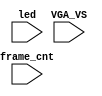
`timescale 1ns/1ps

module mist_dump(
    input           VGA_VS,
    input           led,
    input   [31:0]  frame_cnt
);

`ifdef DUMP
`ifndef NCVERILOG // iVerilog:
    initial begin
        // #(200*100*1000*1000);
        $display("DUMP enabled");
        $dumpfile("test.lxt");
    end
    `ifdef LOADROM
    always @(negedge led) if( $time > 20000 ) begin // led = downloading signal
        $display("DUMP starts");
        $dumpvars(0,mist_test);
        $dumpon;
    end
    `else
        `ifdef DUMP_START
        always @(negedge VGA_VS) if( frame_cnt==`DUMP_START ) begin
        `else
            initial begin
        `endif
            $display("DUMP starts");
            `ifdef DEEPDUMP
                $dumpvars(0,mist_test);
            `else
                $dumpvars(1,mist_test.UUT.u_game.u_main);
                $dumpvars(1,mist_test.frame_cnt);
            `endif
            $dumpon;
        end
    `endif
`else // NCVERILOG
    `ifdef DUMP_START
    always @(negedge VGA_VS) if( frame_cnt==`DUMP_START ) begin
    `else
    initial begin
    `endif
        $shm_open("test.shm");
        `ifdef DEEPDUMP
            $display("NC Verilog: will dump all signals");
            $shm_probe(mist_test,"AS");
        `else
            $display("NC Verilog: will dump selected signals");
            $shm_probe(frame_cnt);
            `ifndef LOADROM
                `ifdef NOSOUND
                    //$shm_probe(UUT.u_game,"A");
                    $shm_probe(UUT.u_game.u_main,"A");
                    // $shm_probe(UUT.u_game.u_main.u_dtack,"A");
                    // $shm_probe(UUT.u_game.u_main.u_dtack.fave);
                    //$shm_probe(UUT.u_game.u_sdram,"A");
                    //$shm_probe(UUT.u_game.u_video,"A");
                    //$shm_probe(UUT.u_game.u_video.u_colmix,"A");
                    $shm_probe(UUT.u_game.u_video.u_ba0,"AS");
                    $shm_probe(UUT.u_game.u_video.u_obj,"AS");
                    `ifndef NOBA1
                        $shm_probe(UUT.u_game.u_video.u_ba1,"A");
                    `endif
                    `ifndef NOBA2
                        $shm_probe(UUT.u_game.u_video.u_ba2,"A");
                    `endif
                    //$shm_probe(UUT.u_game.u_mcu,"A");
                    //$shm_probe(UUT.u_game.u_mcu.cen0);
                `else
                    $shm_probe(UUT.u_game.u_sound,"A");
                    $shm_probe(UUT.u_game.u_sound.u_opl,"AS");
                    //$shm_probe(UUT.u_game.u_sound.u_cpu,"A");
                `endif
            `else
                $shm_probe(UUT.u_game.u_sdram,"A");
                // $shm_probe(UUT.u_game.u_sdram.u_dwnld,"A");
            `endif
        `endif
    end
`endif
`endif

endmodule // mist_dump